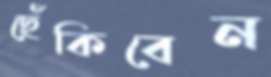
ছেঁকিবেন